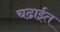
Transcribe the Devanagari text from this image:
चढाईत